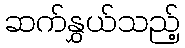
ဆက်နွှယ်သည့်